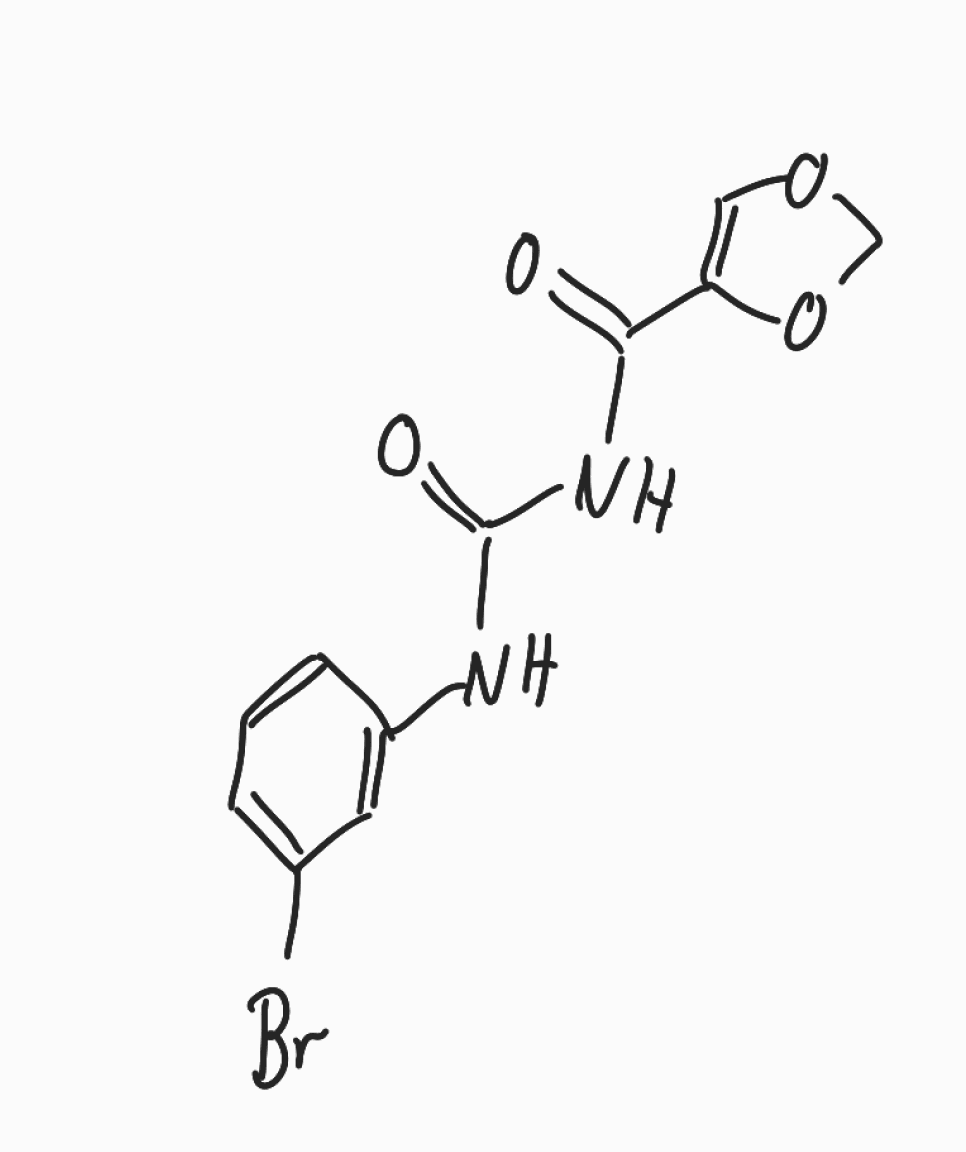
Simplified molecular-input line-entry system (SMILES) notation of the given molecule:
C1OC=C(O1)C(=O)NC(=O)NC2=CC(=CC=C2)Br